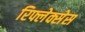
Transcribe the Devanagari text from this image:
रिफ्लेक्सेस